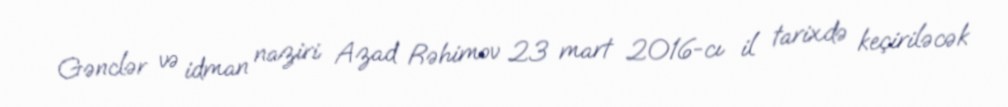
Gənclər və idman naziri Azad Rəhimov 23 mart 2016-cı il tarixdə keçiriləcək